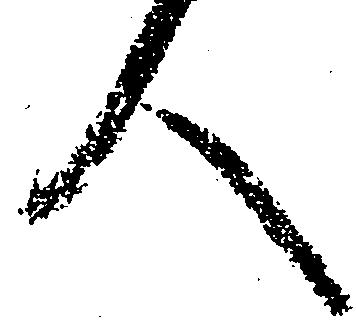
人